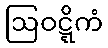
ဩဝဋ္ဋိကံ